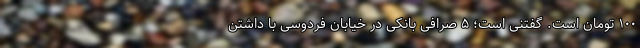
۱۰۰ تومان است. گفتنی است؛ ۵ صرافی بانکی در خیابان فردوسی با داشتن